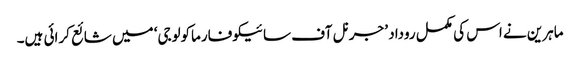
ماہرین نے اس کی مکمل روداد ’جرنل آف سائیکوفارماکولوجی‘ میں شائع کرائی ہیں۔